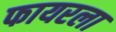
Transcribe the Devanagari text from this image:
फायरला